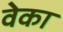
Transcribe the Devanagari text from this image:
वेका